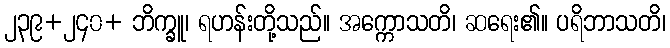
၂၃၉+၂၄၀+ ဘိက္ခူ၊ ရဟန်းတို့သည်။ အက္ကောသတိ၊ ဆရေး၏။ ပရိဘာသတိ၊